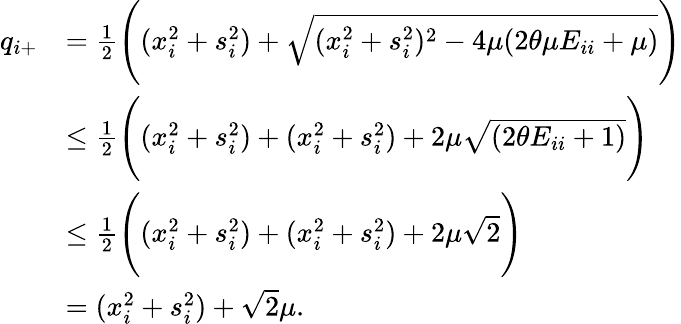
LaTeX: \begin{array}{rl}{q_{i+}}&{=\frac{1}{2}\Bigg((x_{i}^{2}+s_{i}^{2})+\sqrt{(x_{i}^{2}+s_{i}^{2})^{2}-4\mu(2\theta\mu E_{ii}+\mu)}\Bigg)}\\ &{\leq\frac{1}{2}\Bigg((x_{i}^{2}+s_{i}^{2})+(x_{i}^{2}+s_{i}^{2})+2\mu\sqrt{(2\theta E_{ii}+1)}\Bigg)}\\ &{\leq\frac{1}{2}\Bigg((x_{i}^{2}+s_{i}^{2})+(x_{i}^{2}+s_{i}^{2})+2\mu\sqrt{2}\Bigg)}\\ &{=(x_{i}^{2}+s_{i}^{2})+\sqrt{2}\mu.}\end{array}